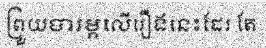
ព្រួយបារម្ភលើរឿងនេះដែរ តែ